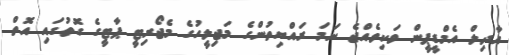
އާދިލް އެމްޑީޕީން ވަކިވެއްޖެ ނަމަ ރައްޔިތުންގެ މަޖިލީހުގެ މެޖޯރިޓީ ޕާޓީގެ ގޮތުގައި އޮތް